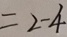
= 2 - 4